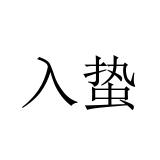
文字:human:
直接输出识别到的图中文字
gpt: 入蛰